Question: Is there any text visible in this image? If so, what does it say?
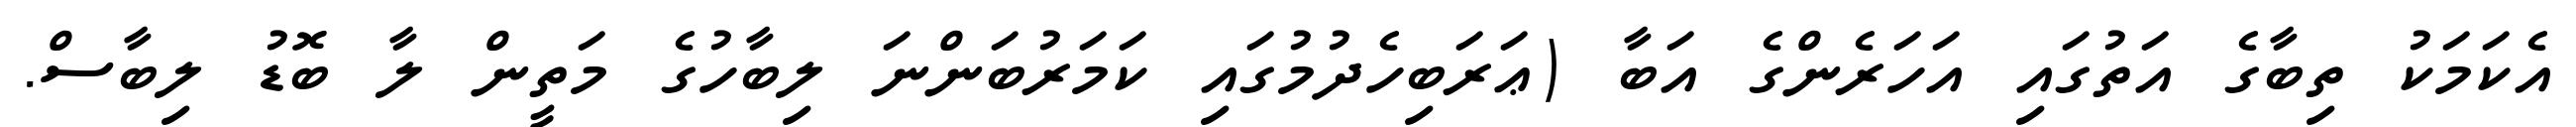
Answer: އެކަމަކު ތިބާގެ އަތުގައި އަހަރެންގެ އަބާ (ޢަރަބިހެދުމުގައި ކަމަރުބަންނަ ލިބާހުގެ މަތީން ލާ ބޮޑު ލިބާސް.